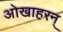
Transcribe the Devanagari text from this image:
ओखाहरन्